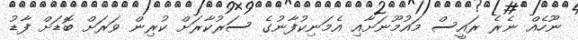
ނޫހެއް ނެރެ ރައީސް މައުމޫނަށާއި އެމަނިކުފާނުގެ ސަރުކާރަށް ކުރިން ވަރަށް ބޮޑަށް ފާޑު